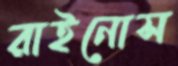
রাইনোস